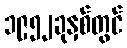
၁၉၅၂ခုနှစ်တွင်